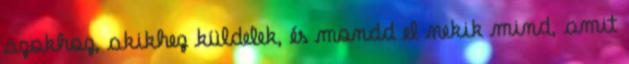
azokhoz, akikhez küldelek, és mondd el nekik mind, amit